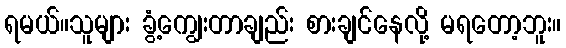
ရမယ်။သူများ ခွံ့ကျွေးတာချည်း စားချင်နေလို့ မရတော့ဘူး။